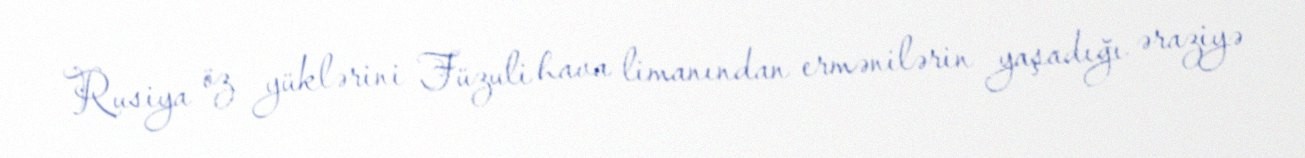
Rusiya öz yüklərini Füzuli hava limanından ermənilərin yaşadığı əraziyə